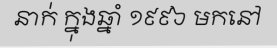
នាក់ ក្នុងឆ្នាំ ១៩៩៦ មកនៅ